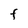
Character: F